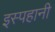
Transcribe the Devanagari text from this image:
इस्पहानी